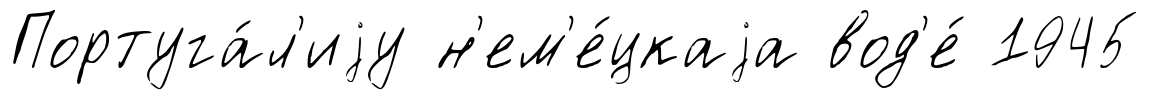
Португа́л'иjу н'ем'е́цкаjа вод'е́ 1945